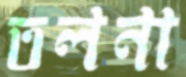
তলনা